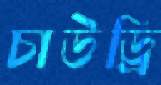
চাউড্রি